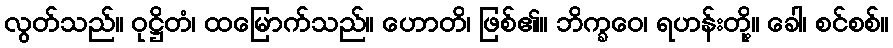
လွတ်သည်။ ဝုဋ္ဌိတံ၊ ထမြောက်သည်။ ဟောတိ၊ ဖြစ်၏။ ဘိက္ခဝေ၊ ရဟန်းတို့။ ခေါ၊ စင်စစ်။